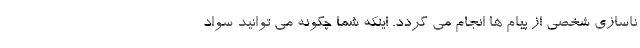
ناسازی شخصی از پیام ها انجام می گردد. اینکه شما چگونه می توانید سواد